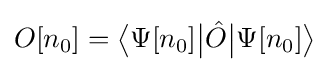
O[n_{0}]={\big \langle }\Psi [n_{0}]{\big |}{\hat {O}}{\big |}\Psi [n_{0}]{\big \rangle }